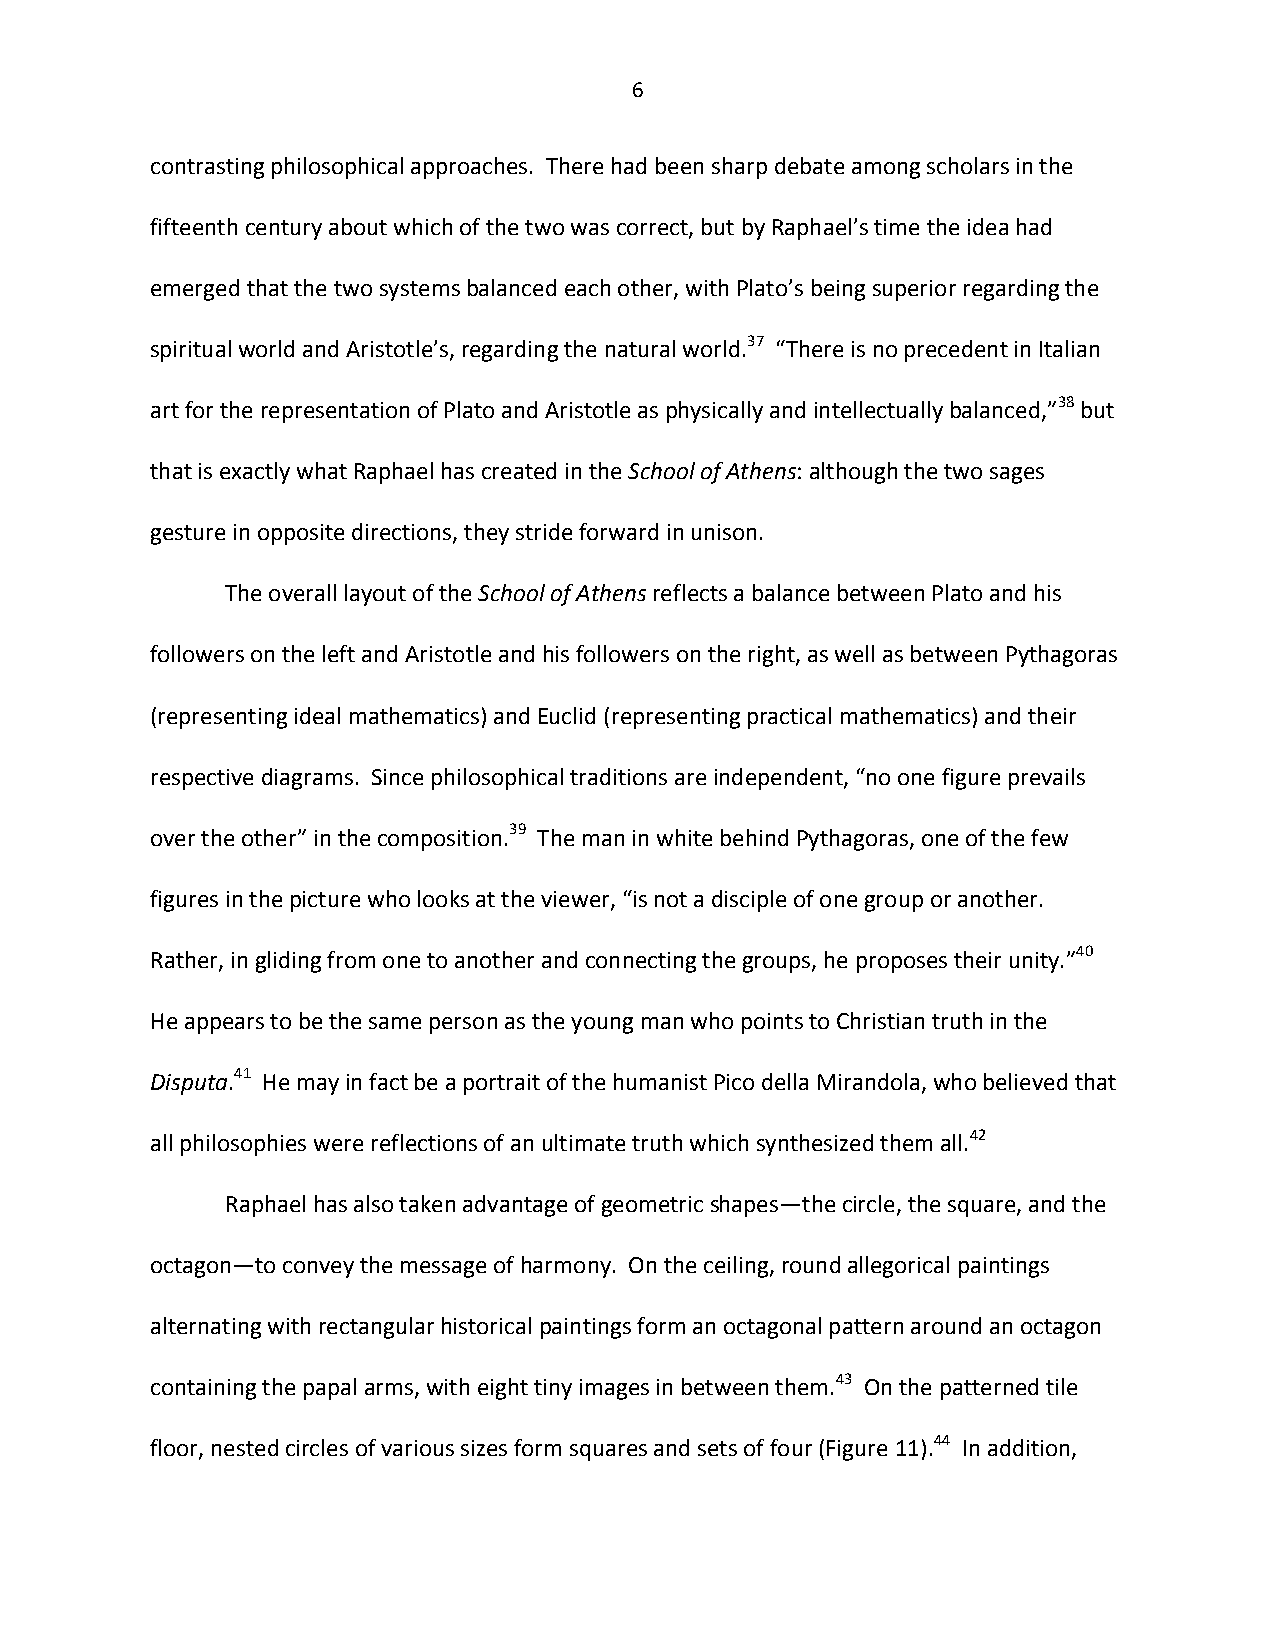
6
 contrasting philosophical approaches. There had been sharp debate among scholars in the
 fifteenth century about which of the two was correct, but by Raphael’s time the idea had
 emerged that the two systems balanced each other, with Plato’s being superior regarding the
 spiritual world and Aristotle’s, regarding the natural world.37 “There is no precedent in Italian
 art for the representation of Plato and Aristotle as physically and intellectually balanced,”38 but
 that is exactly what Raphael has created in the School of Athens: although the two sages
 gesture in opposite directions, they stride forward in unison.
 The overall layout of the School of Athens reflects a balance between Plato and his
 followers on the left and Aristotle and his followers on the right, as well as between Pythagoras
 (representing ideal mathematics) and Euclid (representing practical mathematics) and their
 respective diagrams. Since philosophical traditions are independent, “no one figure prevails
 over the other” in the composition.39 The man in white behind Pythagoras, one of the few
 figures in the picture who looks at the viewer, “is not a disciple of one group or another.
 Rather, in gliding from one to another and connecting the groups, he proposes their unity.”40
 He appears to be the same person as the young man who points to Christian truth in the
 Disputa.41 He may in fact be a portrait of the humanist Pico della Mirandola, who believed that
 all philosophies were reflections of an ultimate truth which synthesized them all.42
 Raphael has also taken advantage of geometric shapes—the circle, the square, and the
 octagon—to convey the message of harmony. On the ceiling, round allegorical paintings
 alternating with rectangular historical paintings form an octagonal pattern around an octagon
 containing the papal arms, with eight tiny images in between them.43 On the patterned tile
 floor, nested circles of various sizes form squares and sets of four (Figure 11).44 In addition,